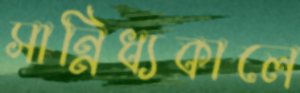
সান্নিধ্যকালে